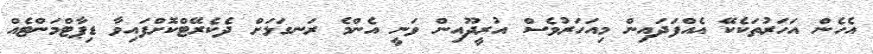
އެހެން އަހަރުތަކެކޭ އެއްފަދައިން މިއަހަރުވެސް އުރީދޫއިން ވަނީ އެންމެ ރަނގަޅަށް ދެކެރޭޓްކޮށްފައިވާ ޑިޕާޓްމަންޓެއް